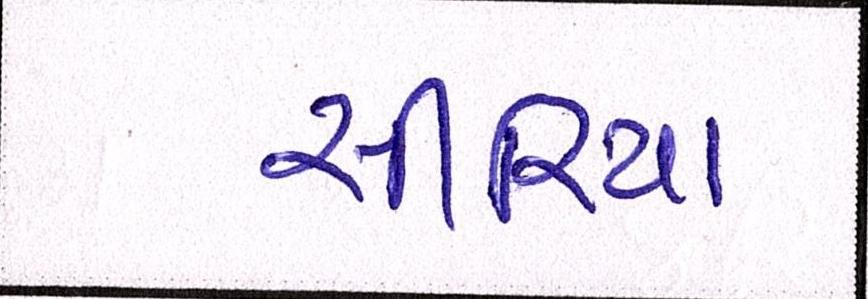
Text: સીરિયા